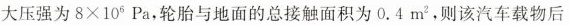
大压强为$$8 \times 1 0 ^ { 6 }$$Pa，轮胎与地面的总接触面积为0.4m^{2}，则该汽车载物后